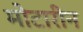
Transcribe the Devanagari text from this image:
मोटारीन